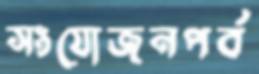
সংযোজনপর্ব